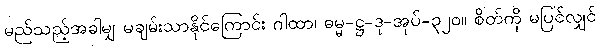
မည်သည့်အခါမျှ မချမ်းသာနိုင်ကြောင်း ဂါထာ၊ ဓမ္မ-ဋ္ဌ-ဒု-အုပ်-၃၂၀။ စိတ်ကို မပြင်လျှင်